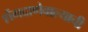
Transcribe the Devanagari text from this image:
शेंगदाणेवाल्याची